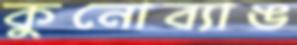
কুনোব্যাঙ